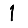
Digit: 1